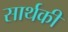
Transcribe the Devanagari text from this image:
सार्थकी